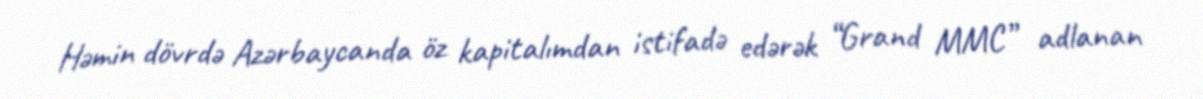
Həmin dövrdə Azərbaycanda öz kapitalımdan istifadə edərək “Grand MMC” adlanan